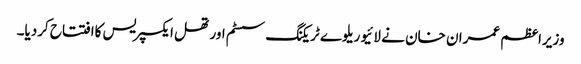
وزیراعظم عمران خان نے لائیو ریلوے ٹریکنگ سسٹم اور تھل ایکسپریس کاافتتاح کردیا۔